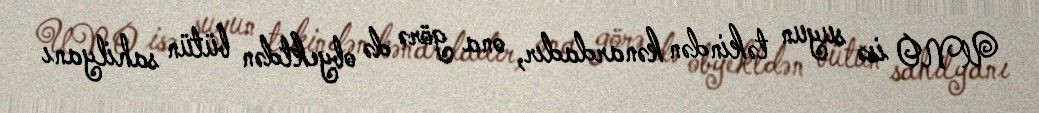
UNO isə suyun təkindən kənardadır, ona görə də obyektdən bütün sahilyanı